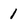
Character: 1